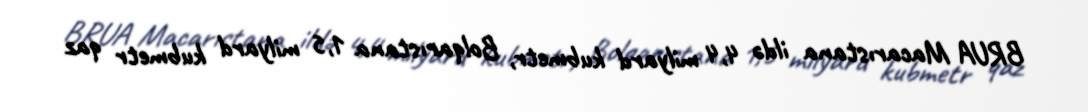
BRUA Macarıstana ildə 4,4 milyard kubmetr, Bolqarıstana 1,5 milyard kubmetr qaz